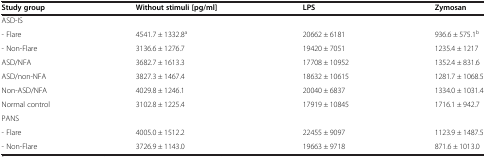
| Study group | Without stimuli [pg/ml] | LPS | Zymosan |
 | --- | --- | --- | --- |
 | ASD-IS |  |  |  |
 | - Flare | 4541.7 ± 1332.8a | 20662 ± 6181 | 936.6 ± 575.1b |
 | - Non-Flare | 3136.6 ± 1276.7 | 19420 ± 7051 | 1235.4 ± 1217 |
 | ASD/NFA | 3682.7 ± 1613.3 | 17708 ± 10952 | 1352.4 ± 831.6 |
 | ASD/non-NFA | 3827.3 ± 1467.4 | 18632 ± 10615 | 1281.7 ± 1068.5 |
 | Non-ASD/NFA | 4029.8 ± 1246.1 | 20040 ± 6837 | 1334.0 ± 1031.4 |
 | Normal control | 3102.8 ± 1225.4 | 17919 ± 10845 | 1716.1 ± 942.7 |
 | PANS |  |  |  |
 | - Flare | 4005.0 ± 1512.2 | 22455 ± 9097 | 1123.9 ± 1487.5 |
 | - Non-Flare | 3726.9 ± 1143.0 | 19663 ± 9718 | 871.6 ± 1013.0 |